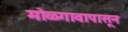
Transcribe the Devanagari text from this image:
मोळगावापासून